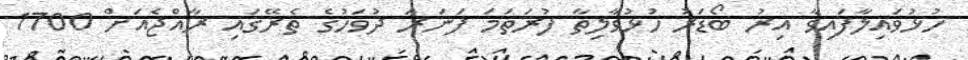
ހުޅުވައިލާފައިވާ އިރު ބޯޑަރު ހުޅުވާލިތާ ފުރަތަމަ ފަނަރަ ދުވަހުގެ ތެރޭގައި ރާއްޖެއަށް 1700